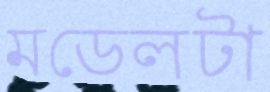
মডেলটা